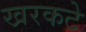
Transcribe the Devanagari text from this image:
खरकटे